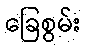
ခြေစွမ်း